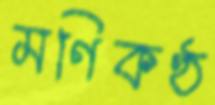
মণিকণ্ঠ